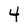
Character: 4